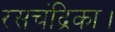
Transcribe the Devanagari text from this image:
रसचंद्रिका।